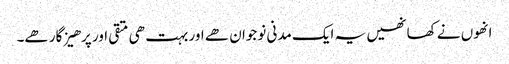
انھوں نے کھا نھیں یہ ایک مدنی نوجوان ھے اور بہت ھی متقی اور پرھیز گار ھے۔